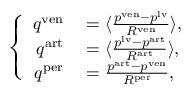
\left\{ \begin{array} { r l } { q ^ { \mathrm { v e n } } } & { { } = \langle \frac { p ^ { \mathrm { v e n } } - p ^ { \mathrm { l v } } } { R ^ { \mathrm { v e n } } } \rangle , } \\ { q ^ { \mathrm { a r t } } } & { { } = \langle \frac { p ^ { \mathrm { l v } } - p ^ { \mathrm { a r t } } } { R ^ { \mathrm { a r t } } } \rangle , } \\ { q ^ { \mathrm { p e r } } } & { { } = \frac { p ^ { \mathrm { a r t } } - p ^ { \mathrm { v e n } } } { R ^ { \mathrm { p e r } } } , } \end{array} \right.